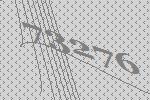
73276